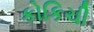
કોકિચી